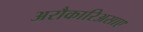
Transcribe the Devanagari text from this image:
अरौकारिअसाए